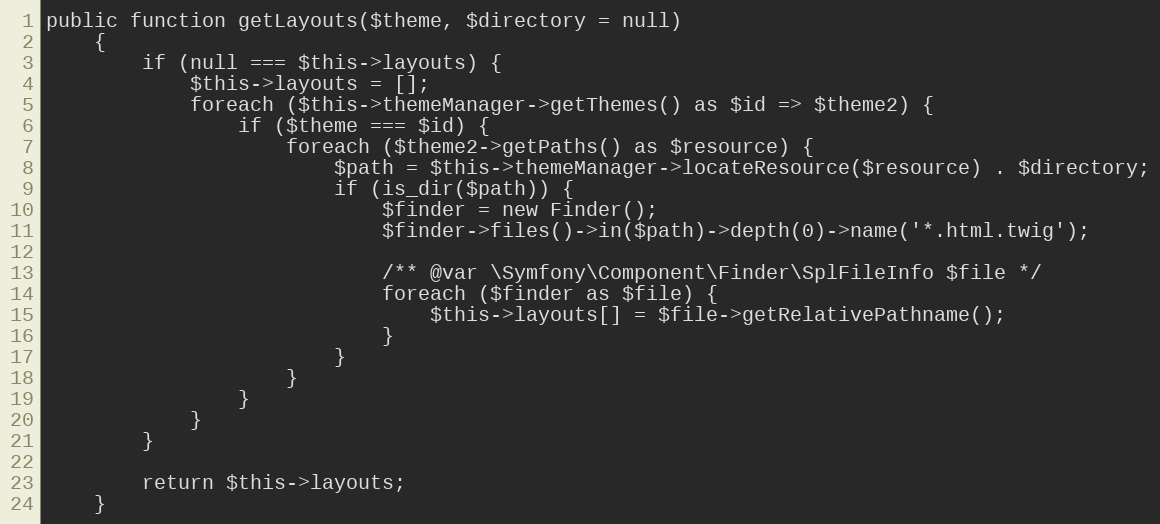
Language: PHP
public function getLayouts($theme, $directory = null)
    {
        if (null === $this->layouts) {
            $this->layouts = [];
            foreach ($this->themeManager->getThemes() as $id => $theme2) {
                if ($theme === $id) {
                    foreach ($theme2->getPaths() as $resource) {
                        $path = $this->themeManager->locateResource($resource) . $directory;
                        if (is_dir($path)) {
                            $finder = new Finder();
                            $finder->files()->in($path)->depth(0)->name('*.html.twig');

                            /** @var \Symfony\Component\Finder\SplFileInfo $file */
                            foreach ($finder as $file) {
                                $this->layouts[] = $file->getRelativePathname();
                            }
                        }
                    }
                }
            }
        }

        return $this->layouts;
    }